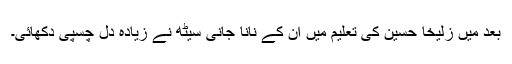
بعد میں زُلیخا حُسین کی تعلیم میں ان کے نانا جانی سیٹھ نے زیادہ دل چسپی دکھائی۔